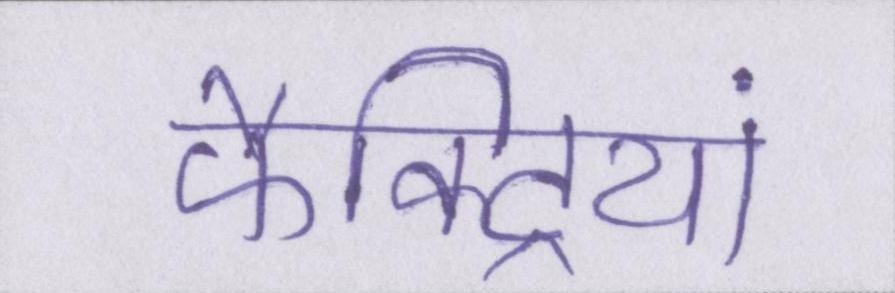
फैक्ट्रियां